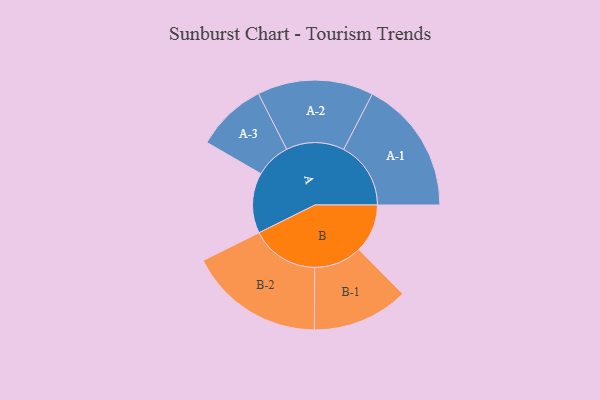
{"axis": {"x": "Segment", "y": "Value"}, "legend": ["", "A", "B"], "data": [{"x": "A", "y": 260, "type": ""}, {"x": "B", "y": 209, "type": ""}, {"x": "A-1", "y": 289, "type": "A"}, {"x": "A-2", "y": 250, "type": "A"}, {"x": "A-3", "y": 152, "type": "A"}, {"x": "B-1", "y": 207, "type": "B"}, {"x": "B-2", "y": 292, "type": "B"}]}